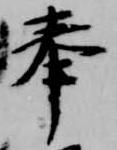
奉